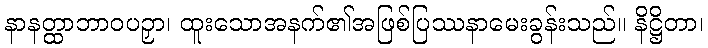
နာနတ္ထာဘာဝပဉှာ၊ ထူးသောအနက်၏အဖြစ်ပြဿနာမေးခွန်းသည်။ နိဋ္ဌိတာ၊